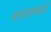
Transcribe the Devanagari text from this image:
वाचवायसाठी